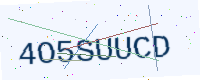
Text: 4O5SUUCD